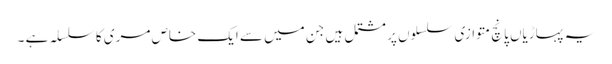
یہ پہاڑیاں پانچ متوازی سلسلوں پر مشتمل ہیں جن میں سے ایک خاص مری کا سلسلہ ہے ۔